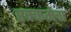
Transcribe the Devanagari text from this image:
रक्कमेचा